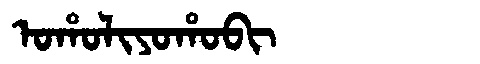
Manchu: ᠣᡥᠣᠯᡳᠶᠣᡥᠣᠪᡳ
Romanization: OHOLIYOHOBI